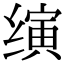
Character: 𬙂